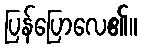
ပြန်ပြောလေ၏။